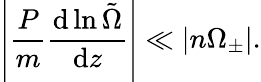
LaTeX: \left|\frac{P}{m}\frac{\mathrm{d}\ln\tilde{\Omega}}{\mathrm{d}z}\right|\ll\left|n\Omega_{\pm}\right|.